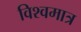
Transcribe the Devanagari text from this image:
विश्वमात्र